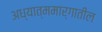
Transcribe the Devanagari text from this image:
अध्यात्ममार्गातील